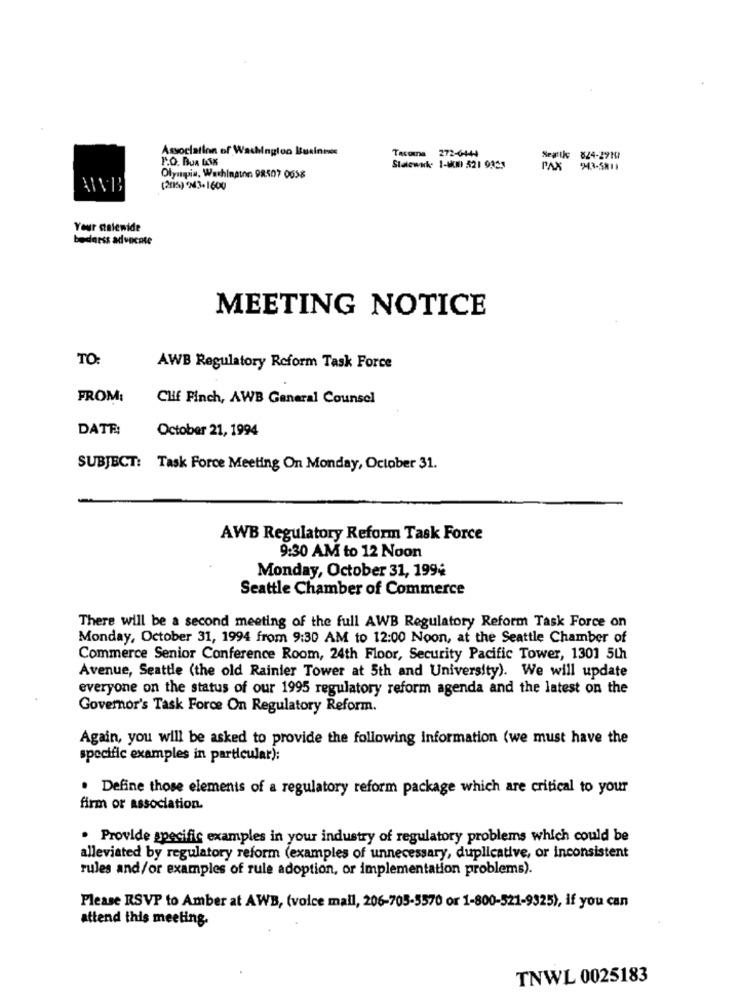
Association of Washington Business
Tacoma 272-6444
Seattle
824-2910
Stalewack 1-800 521 9353
943-5811
Olympis, Washington. 98507 0638
(2015) 243-1600
Your calewide
bednrss advocate
MEETING NOTICE
TO:
AWB Regulatory Reform Task Force
FROM:
CHf Finch, AWB General Counsel
DATE:
October 21, 1994
SUBJECT: Task Force Meeting On Monday, October 31.
AWB Regulatory Reform Task Force
9:30 AM to 12 Noon
Monday, October 31, 1994
Seattle Chamber of Commerce
There will be a second meeting of the full AWB Regulatory Reform Task Force on
Monday, October 31, 1994 from 9:30 AM to 12:00 Noon, at the Seattle Chamber of
Commerce Senior Conference Room, 24th Floor, Security Pacific Tower, 1301 5th
Avenue, Seattle (the old Rainier Tower at 5th and University). We will update
everyone on the status of our 1995 regulatory reform agenda and the latest on the
Governor's Task Force On Regulatory Reform.
Again, you will be asked to provide the following information (we must have the
specific examples in particular):
. Define those elements of a regulatory reform package which are critical to your
firm or association.
. Provide specific examples in your industry of regulatory problems which could be
alleviated by regulatory reform (examples of unnecessary, duplicative, or inconsistent
rules and/or examples of rule adoption, or implementation problems).
Please RSVP to Amber at AWB, (voice mail, 206-705-5570 or 1-800-521-9325), if you can
attend this meeting
TNWL 0025183